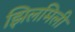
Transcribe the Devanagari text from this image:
झिलमिली